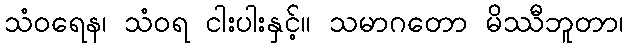
သံဝရေန၊ သံဝရ ငါးပါးနှင့်။ သမာဂတော မိဿီဘူတာ၊